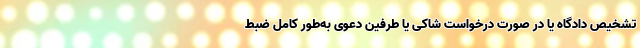
تشخیص دادگاه یا در صورت درخواست شاکی یا طرفین دعوی به‌طور کامل ضبط